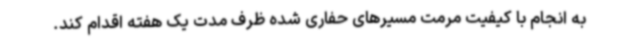
به انجام با کیفیت مرمت مسیرهای حفاری شده ظرف مدت یک هفته اقدام کند.